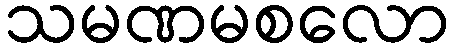
သမဏမစလော